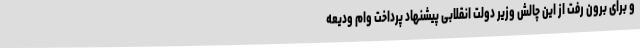
و برای برون رفت از این چالش وزیر دولت انقلابی پیشنهاد پرداخت وام ودیعه